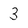
Character: 3